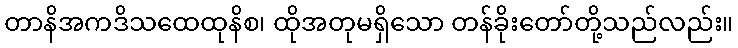
တာနိအကဒိသထေထုနိစ၊ ထိုအတုမရှိသော တန်ခိုးတော်တို့သည်လည်း။